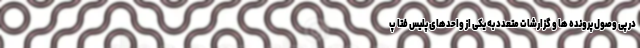
در پی وصول پرونده ها و گزارشات متعدد به یکی از واحدهای پلیس فتا پ